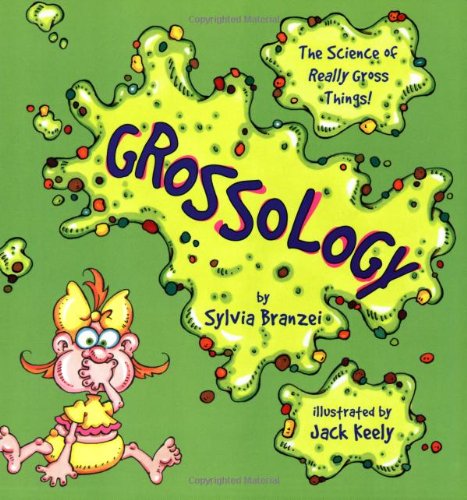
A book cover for Grossology; Sylvia Branzei; Children's Books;